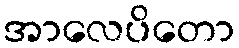
အာလေပိတော